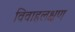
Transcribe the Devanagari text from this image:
विवाहलक्षण